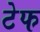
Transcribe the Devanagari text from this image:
टेफ